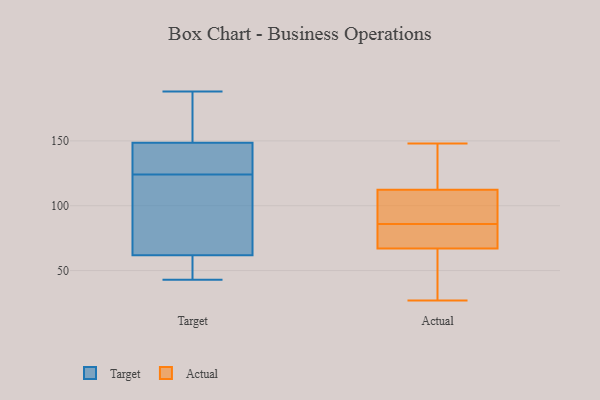
{"axis": {"x": "Page Views", "y": "Value"}, "legend": ["Actual", "Target"], "data": [{"x": "", "y": 162, "type": "Target"}, {"x": "", "y": 124, "type": "Target"}, {"x": "", "y": 43, "type": "Target"}, {"x": "", "y": 135, "type": "Target"}, {"x": "", "y": 62, "type": "Target"}, {"x": "", "y": 61, "type": "Target"}, {"x": "", "y": 98, "type": "Target"}, {"x": "", "y": 55, "type": "Target"}, {"x": "", "y": 188, "type": "Target"}, {"x": "", "y": 171, "type": "Target"}, {"x": "", "y": 144, "type": "Target"}, {"x": "", "y": 128, "type": "Target"}, {"x": "", "y": 113, "type": "Target"}, {"x": "", "y": 66, "type": "Actual"}, {"x": "", "y": 85, "type": "Actual"}, {"x": "", "y": 148, "type": "Actual"}, {"x": "", "y": 41, "type": "Actual"}, {"x": "", "y": 77, "type": "Actual"}, {"x": "", "y": 105, "type": "Actual"}, {"x": "", "y": 114, "type": "Actual"}, {"x": "", "y": 87, "type": "Actual"}, {"x": "", "y": 58, "type": "Actual"}, {"x": "", "y": 146, "type": "Actual"}, {"x": "", "y": 89, "type": "Actual"}, {"x": "", "y": 70, "type": "Actual"}, {"x": "", "y": 86, "type": "Actual"}, {"x": "", "y": 27, "type": "Actual"}, {"x": "", "y": 76, "type": "Actual"}, {"x": "", "y": 141, "type": "Actual"}, {"x": "", "y": 31, "type": "Actual"}, {"x": "", "y": 125, "type": "Actual"}, {"x": "", "y": 107, "type": "Actual"}]}